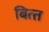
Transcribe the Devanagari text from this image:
बित्‍त